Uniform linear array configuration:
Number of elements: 24
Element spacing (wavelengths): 1
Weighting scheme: blackman
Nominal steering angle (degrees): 45
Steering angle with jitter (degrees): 43.245
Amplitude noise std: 0.05
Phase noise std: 0.05

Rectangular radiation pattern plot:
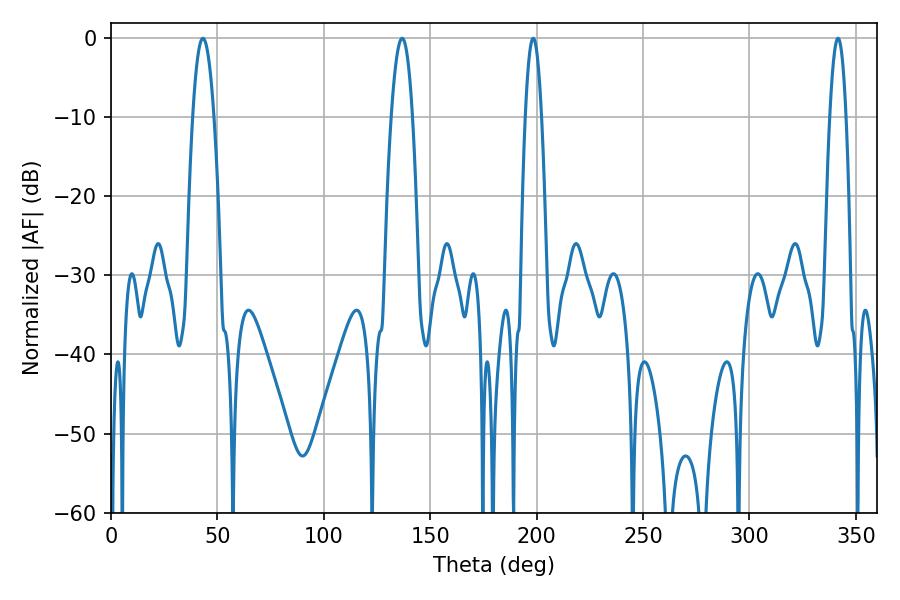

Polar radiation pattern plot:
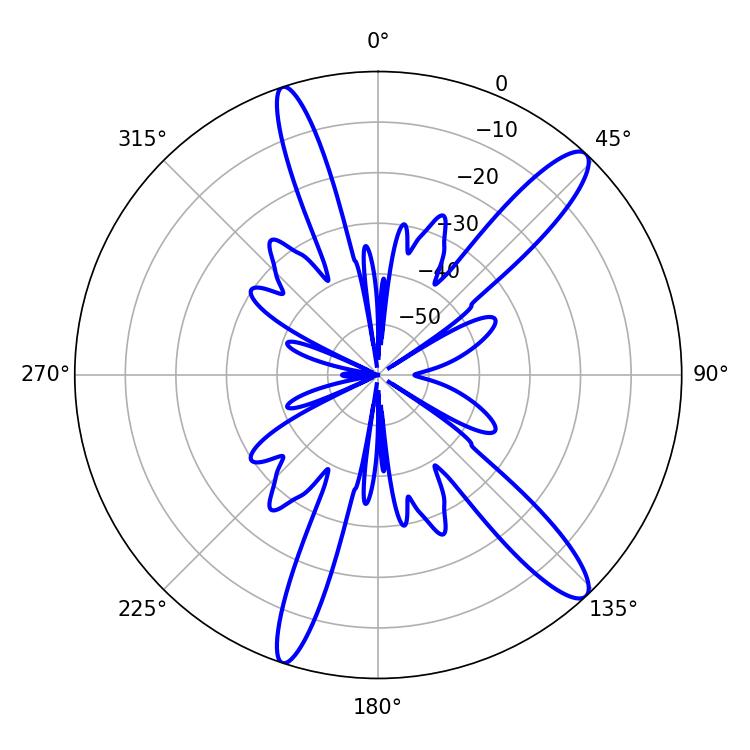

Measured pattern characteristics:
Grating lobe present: TRUE
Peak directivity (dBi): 13.4
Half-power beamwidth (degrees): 5.4
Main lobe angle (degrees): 136.8